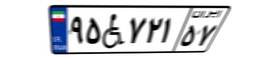
۵۰W۲۷۹۹۳